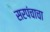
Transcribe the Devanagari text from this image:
सरपंचाचा